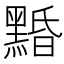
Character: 𪑕